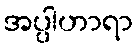
အပ္ပါဟာရာ